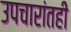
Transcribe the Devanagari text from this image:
उपचारांतही